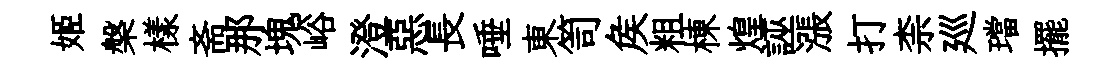
姬槃樣斋那塊峪澄惡長唾東笥矦粗棟煌誣漲打柰廵璫擺